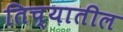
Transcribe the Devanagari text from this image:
तिच्‍यातील